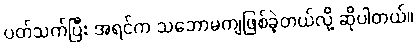
ပတ်သက်ပြီး အရင်က သဘောမကျဖြစ်ခဲ့တယ်လို့ ဆိုပါတယ်။